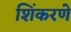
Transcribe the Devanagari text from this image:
शिंकरणे